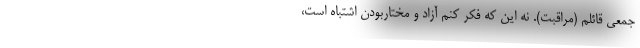
جمعی قائلم (مراقبت). نه این که فکر کنم آزاد و مختاربودن اشتباه است،